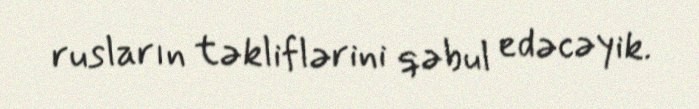
rusların təkliflərini qəbul edəcəyik.